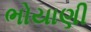
ભોયાણી